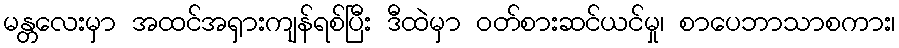
မန္တလေးမှာ အထင်အရှားကျန်ရစ်ပြီး ဒီထဲမှာ ဝတ်စားဆင်ယင်မှု၊ စာပေဘာသာစကား၊